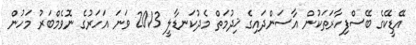
އޭޑީކޭގެ ބޭސްފިހާރަތަކުން އާސަންދައިގެ ޚިދުމަތް މެދުކަނޑާލީ 2013 ވަނަ އަހަރުގެ ނޮވެމްބަރު މަހުން